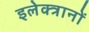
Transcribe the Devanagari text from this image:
इलेक्त्रानों